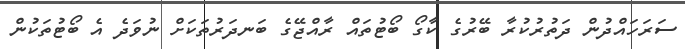
ސަރަހައްދުން ދަތުރުކުރާ ބޭރުގެ ކާގޯ ބޯޓުތައް ރާއްޖޭގެ ބަނދަރުތަކަށް ނުވަދެ އެ ބޯޓުތަކުން